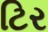
ટિર